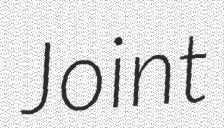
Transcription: Joint